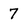
Character: 7